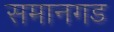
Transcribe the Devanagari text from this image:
समानगड